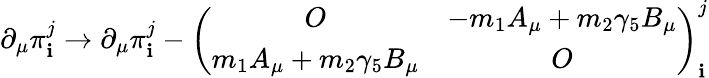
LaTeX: \partial_{\mu}\pi_{\mathbf{i}}^{j}\to\partial_{\mu}\pi_{\mathbf{i}}^{j}-\left(\begin{array}{cc}{{O}}&{{-m_{1}A_{\mu}+m_{2}\gamma_{5}B_{\mu}}}\\ {{m_{1}A_{\mu}+m_{2}\gamma_{5}B_{\mu}}}&{{O}}\end{array}\right)_{\mathbf{i}}^{j}